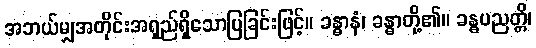
အဘယ်မျှအတိုင်းအရှည်ရှိသောပြခြင်းဖြင့်။ ခန္ဓာနံ၊ ခန္ဓာတို့၏။ ခန္ဓပညတ္တိ၊